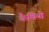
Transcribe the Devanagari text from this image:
कैथियीं